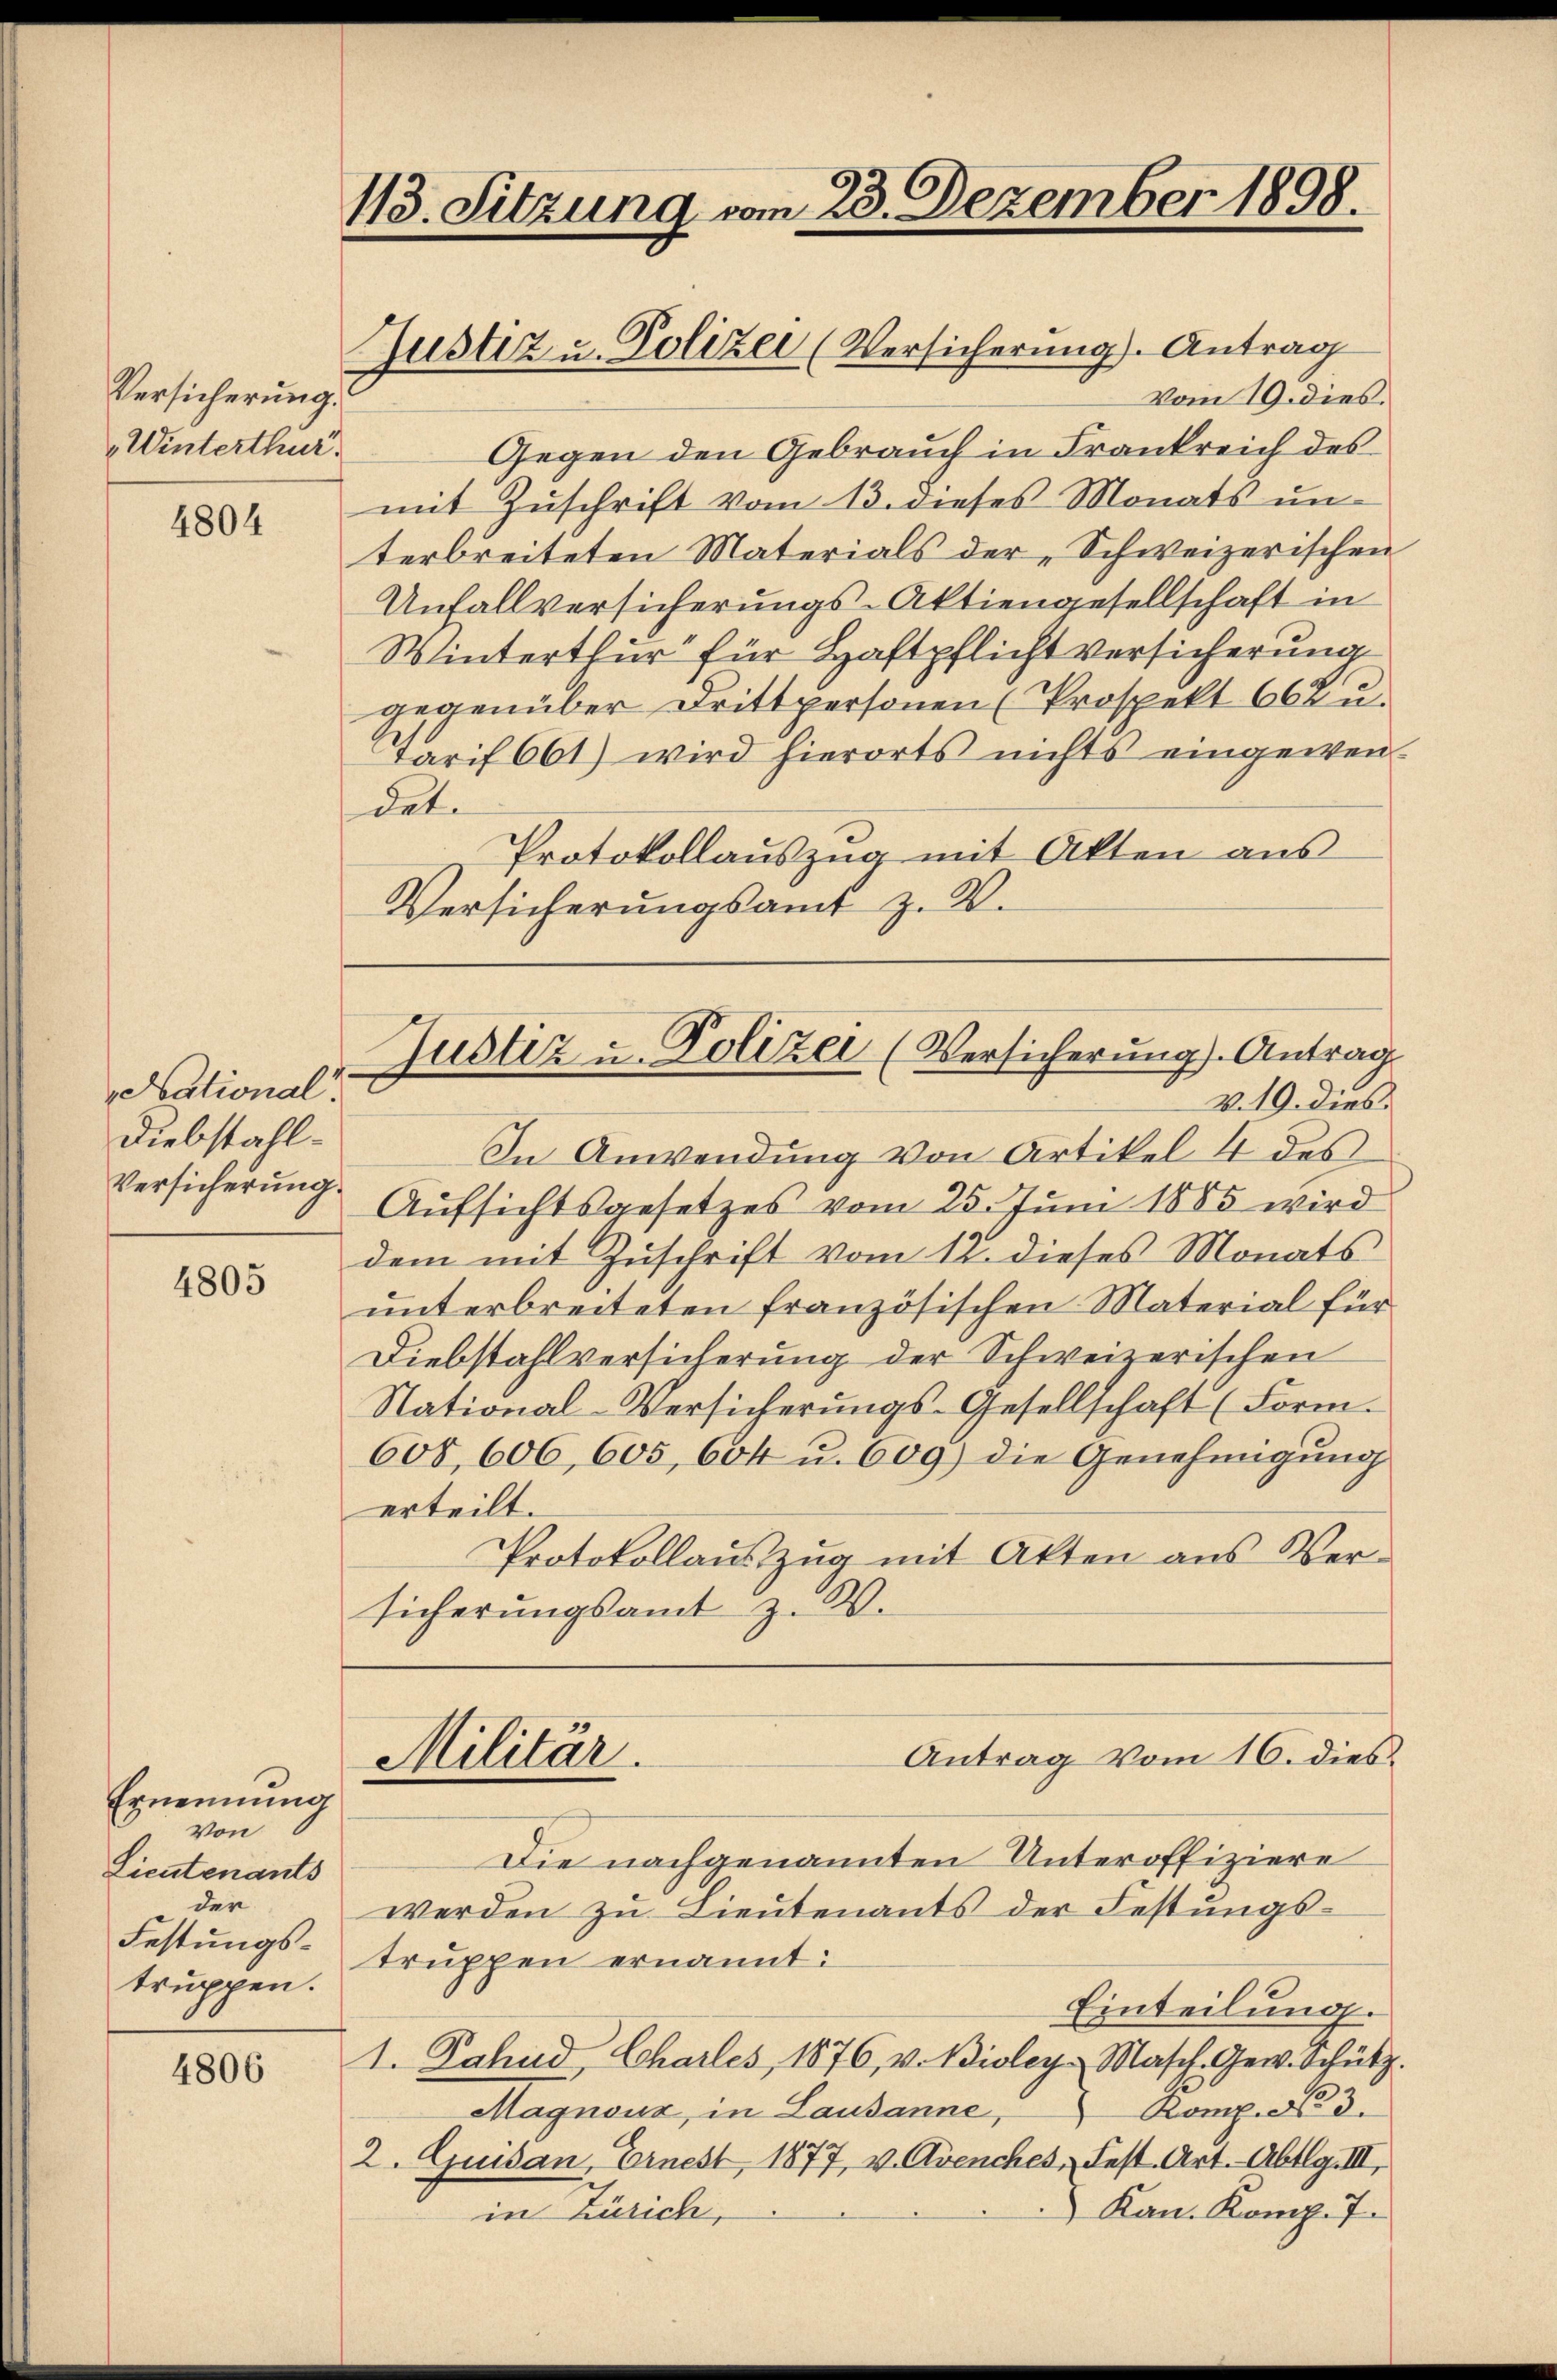
Versicherung
Winterthur.

4804

National
Diebstahl¬

4805

Ernennung
Von
Lieutenants
der
Festungs-
truppen.

4806

113. Sitzung vom 23. Dezember 1898.
Justiz u. Polizei (Versicherung. Antrag
Vom 19. dies

Gegen den Gebrauch in Frankreich des
mit Zuschrift vom 13. dieses Monats un-
terbreiteten Materials der „Schweizerischen
Unfallversicherungs-Aktiengesellschaft in
Winterthur für Haftpflicht versicherung
gegenüber Drittpersonen (Prospekt 60 Ku¬
Tarif 661) wird hierorts nichts eingewen-
det.
Protokollauszug mit Akten aus
Versicherungsamt z. B.

In Anwendung von Artikel 4 des
Versicherung Aufsichtsgesetzes vom 25. Juni 1885 wird
dem mit Zuschrift vom 12. dieses Monats
unterbreiteten französischen Material für
Diebstahlversicherung der Schweizerischen
National-Versicherungs-Gesellschaft (Form.
608,606, 605, 604 u. 609) die Genehmigung
erteilt.
Protokollauszug mit Akten aus Versicherungsamt z. W.

Justiz u. Polizei (Versicherung. Antrag
V. 19. dies

Militär.

Die nachgenannten Unteroffiziere
werden zu Lieutenants der Festungstruppen ernannt:
Einteilung.
1. Fahnd, Charles, 1876, v. Bioley- Masch. Gew. Schütz.
Komp. N. 3.
Magnoux, in Lausanne,
2. Quisan, Ernest, 1877, v. Avenches, Fest. Art. Abtlg. III,
Kan. Komp. 7.
in Zürich,

Antrag vom 16. dies